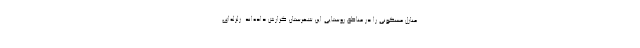
منازل مسکونی را در مناطق روستایی این شهرستان گزارش داده‌اند. زلزله‌ای